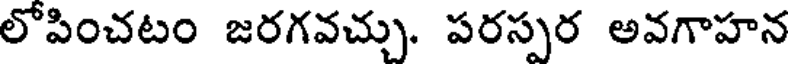
లోపించటం జరగవచ్చు. పరస్పర అవగాహన